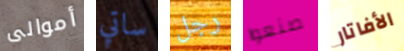
أموالى ساتي رجل صنعوا الأفاتار